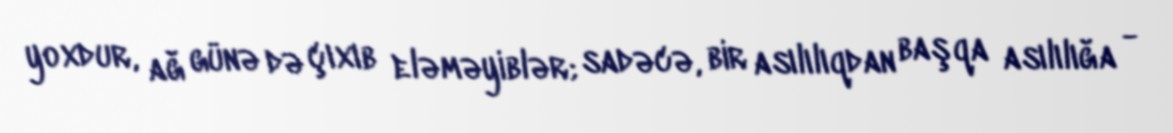
yoxdur, ağ günə də çıxıb eləməyiblər; sadəcə, bir asılılıqdan başqa asılılığa -